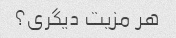
هر مزیت دیگری؟